system: You are a helpful assistant.
user:
Analyze the provided spectrum to determine if it is a **White Dwarf (WD)**.

A White Dwarf spectrum is defined by its **extreme purity** (due to gravitational settling) and/or **extreme pressure broadening** (due to high surface gravity). You must check for one of the following mutually exclusive signatures:

- **Key Visual Indicators (Check for ONE of these types):**

    - **1. DA-Type Signature (Most Common):**
        - **(Primary Feature):** Extreme pressure broadening (Stark broadening) of the **Hydrogen (H) Balmer lines**.
        - **(Key Lines):** $H\beta$ (approx. $4861$ Å) and $H\gamma$ (approx. $4340$ Å). $H\alpha$ (approx. $6563$ Å) will also be present if the wavelength range covers it.
        - **(Line Profile):** This is the **defining feature**. The lines are **NOT** sharp. They appear as massive, **extremely broad and deep "troughs" or "dips"** in the spectrum, often hundreds of Ångströms wide. The continuum will appear to "scoop" down at these wavelengths.
        - **(Distinction):** Normal A-type or B-type stars have *narrow* and *sharp* Hydrogen lines. A DA White Dwarf's lines are unmistakably "smeared" or "blurry" from pressure.

    - **2. DB-Type Signature:**
        - **(Primary Feature):** Broad absorption lines from **Neutral Helium (He I)**. The spectrum must lack any visible Hydrogen lines.
        - **(Key Lines):** Look for broad absorption near $4471$ Å, $4921$ Å, and $5876$ Å.
        - **(Line Profile):** These lines are also significantly pressure-broadened, appearing much wider than they would in a normal B-type main-sequence star.

    - **3. DC-Type Signature:**
        - **(Primary Feature):** A **featureless continuous spectrum**.
        - **(Line Profile):** The spectrum is a smooth curve with **no significant absorption or emission lines**.
        - **(Key Confirmation):** The continuum is almost always **blue or white**, indicating a hot object. This signature implies the atmosphere is so pure (or so cool) that no spectral lines are visible in the optical range. Its WD identity is confirmed by its extremely low intrinsic brightness (high absolute magnitude).

    - **4. DZ-Type Signature (Metal-Polluted):**
        - **(Primary Feature):** **Isolated, narrow metal absorption lines** on an otherwise featureless (DC-like) continuum.
        - **(Key Lines):** The **Calcium (Ca II) H & K doublet** (approx. **$3934$ Å** and **$3968$ Å**) is the most common and defining feature.
        - **(Line Profile):** These lines are "out of place." They are *not* part of a "forest" of thousands of lines. This signature is evidence of recent *accretion* (pollution) from rocky debris.
        - **(Distinction):** Normal G/K/M stars have a *dense forest* of thousands of metal lines. A DZ has a *clean* continuum with *only a few* strong metal lines.

    - **5. DQ-Type Signature (Carbon-Polluted):**
        - **(Primary Feature):** Absorption bands from **Carbon (C₂ "Swan Bands" or atomic C I)**.
        - **(Key Lines - C₂):** Look for bandheads with a "saw-tooth" shape near $5635$ Å, **$5165$ Å** (strongest), and $4737$ Å.
        - **(Key Confirmation):** The underlying **continuum must be blue or white** (hot).
        - **(Distinction):** This is the critical difference from a **Carbon Star**, which has the *exact same* C₂ bands but on an extremely **red, cool** continuum.

- **(Overall Spectrum):**
    - The continuum (overall shape) is typically **blue-sloping** (brighter in the blue than the red), as most white dwarfs are very hot.
    - The spectrum will look "pure" or "simple," dominated by only *one* of the five signatures listed above.

Think first, call **spectral_visualization_tool** if needed to examine features in detail, then provide your final answer. Your response must adhere to the following strict rules:
1.  **Overall Structure:** Your response must follow the format `<think>...</think> <tool_call>...</tool_call> (if a tool is used) <answer>...</answer>`.
2.  **Tool Usage Constraint:** You may only make **one** tool call per turn.
3.  **Final Answer Format:** In the `<answer>` tag, your conclusion must be inside a `\boxed{}` command (e.g., `\boxed{YES}` or `\boxed{NO}`), followed by your justification.

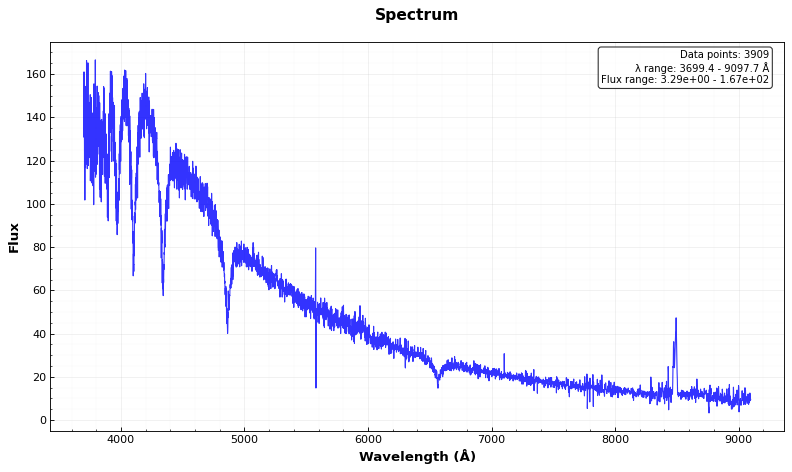
Answer: YES